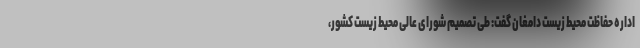
اداره حفاظت محیط زیست دامغان گفت: طی تصمیم شورای عالی محیط زیست کشور،